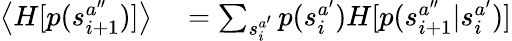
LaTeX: \begin{array}{rl}{\left<H[p(s_{i+1}^{a^{\prime\prime}})]\right>}&{{}=\sum_{s_{i}^{a^{\prime}}}p(s_{i}^{a^{\prime}})H[p(s_{i+1}^{a^{\prime\prime}}|s_{i}^{a^{\prime}})]}\end{array}